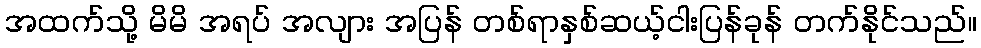
အထက်သို့ မိမိ အရပ် အလျား အပြန် တစ်ရာနှစ်ဆယ့်ငါးပြန်ခုန် တက်နိုင်သည်။